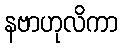
နဗာဟုလိကာ